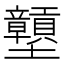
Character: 𡔕